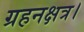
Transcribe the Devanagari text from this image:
ग्रहनक्षत्र।